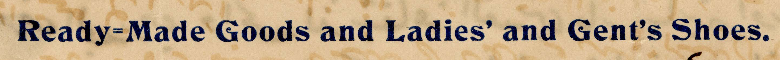
Ready-made Goods and Ladies' and Gents' Shoes,